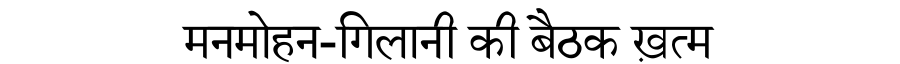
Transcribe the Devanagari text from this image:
मनमोहन-गिलानी की बैठक ख़त्म